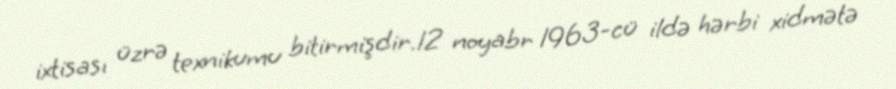
ixtisası üzrə texnikumu bitirmişdir.12 noyabr 1963-cü ildə hərbi xidmətə